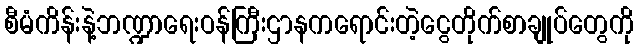
စီမံကိန်းနဲ့ဘဏ္ဍာရေးဝန်ကြီးဌာနကရောင်းတဲ့ငွေတိုက်စာချုပ်တွေကို